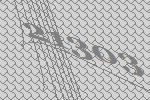
21303